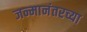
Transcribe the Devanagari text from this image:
जन्मानंतरच्या